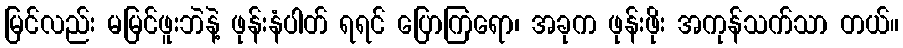
မြင်လည်း မမြင်ဖူးဘဲနဲ့ ဖုန်းနံပါတ် ရရင် ပြောကြရော၊ အခုက ဖုန်းဖိုး အကုန်သက်သာ တယ်။